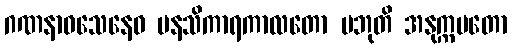
ဂဏနာဝသေနေဝ မနသိကာရကာလတော ပဘုတိ အနုက္ကမတော